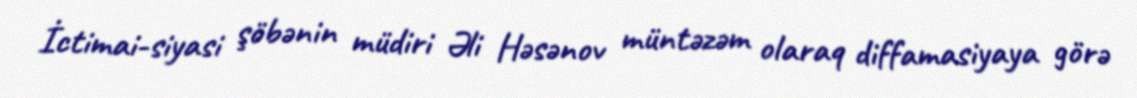
İctimai-siyasi şöbənin müdiri Əli Həsənov müntəzəm olaraq diffamasiyaya görə